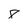
Character: 8